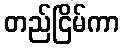
တည်ငြိမ်ကာ